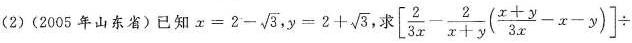
（2）(2005年山东)已知$$x = 2 - \sqrt { 3 }$$，$$y = 2 + \sqrt { 3 }$$，求$$[ \frac { 2 } { 3 x } - \frac { 2 } { x + y } ( \frac { x + y } { 3 x } - x - y ) ] \div